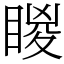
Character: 䁓